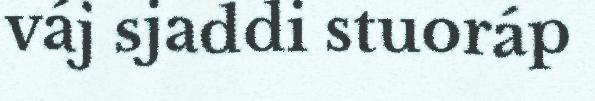
váj sjaddi stuoráp